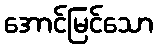
အောင်မြင်သော